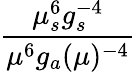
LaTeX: {\frac{\mu_{s}^{6}g_{s}^{-4}}{\mu^{6}g_{a}(\mu)^{-4}}}